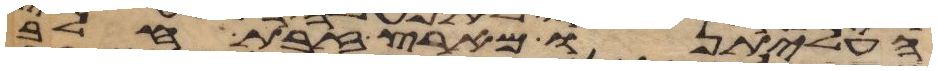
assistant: העליתנו מארץ זבת חלב